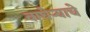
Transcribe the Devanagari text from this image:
वाघेऱ्याचे